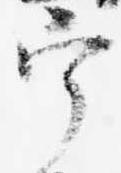
宰